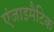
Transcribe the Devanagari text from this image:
एंजाइमैटिक